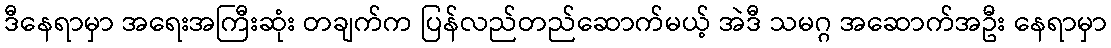
ဒီနေရာမှာ အရေးအကြီးဆုံး တချက်က ပြန်လည်တည်ဆောက်မယ့် အဲဒီ သမဂ္ဂ အဆောက်အဦး နေရာမှာ